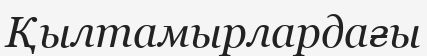
Қылтамырлардағы